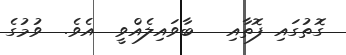
ގޮތުގައި ފޮތާއި   ބާވައިލެއްވީ  އެވެ.  ވުމުގެ